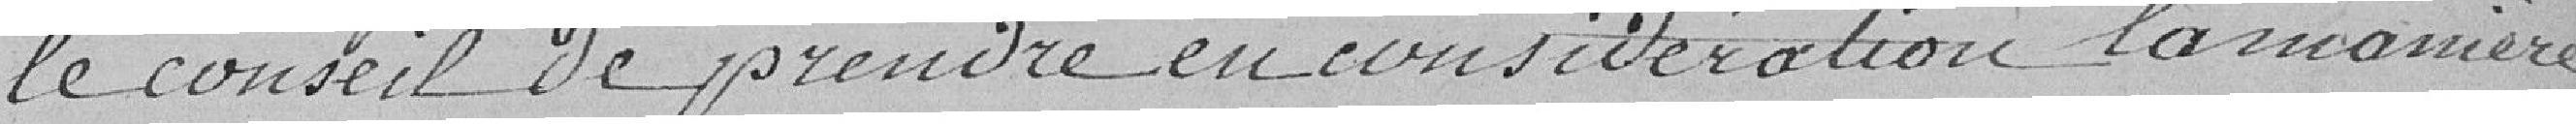
le conseil de prendre en considération la manière